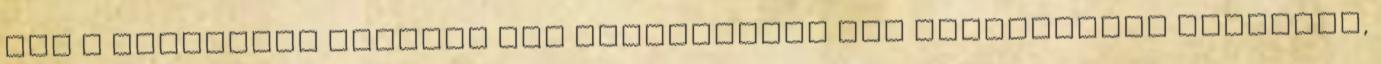
már a tetoválás nemcsak egy szubkultúra kis szegmensére jellemző,